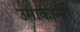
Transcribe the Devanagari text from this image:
उमाकान्‍ती